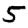
Digit: 5